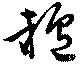
罏